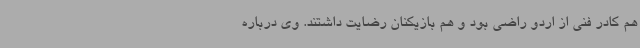
هم کادر فنی از اردو راضی بود و هم بازیکنان رضایت داشتند. وی درباره